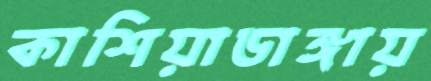
কাশিয়াডাঙ্গায়